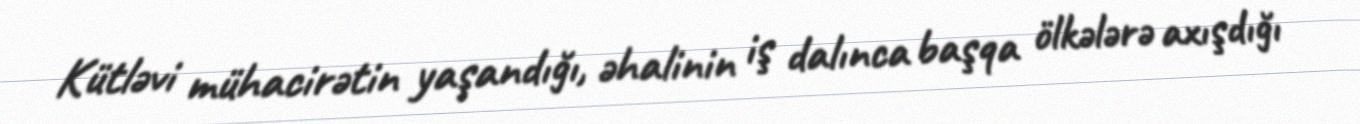
Kütləvi mühacirətin yaşandığı, əhalinin iş dalınca başqa ölkələrə axışdığı